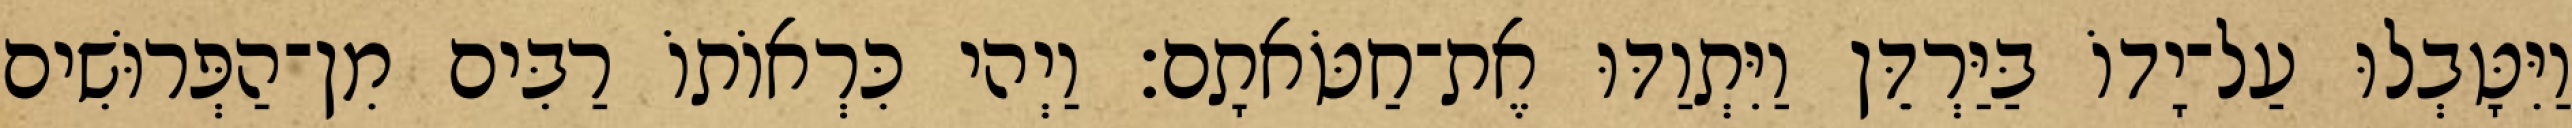
וַיִּטָּבְלוּ עַל־יָדוֹ בַּיַּרְדֵּן וַיִּתְוַדּוּ אֶת־חַטֹּאתָם׃ וַיְהי כִּרְאוֹתוֹ רַבִּים מִן־הַפְּרוּשִׁים